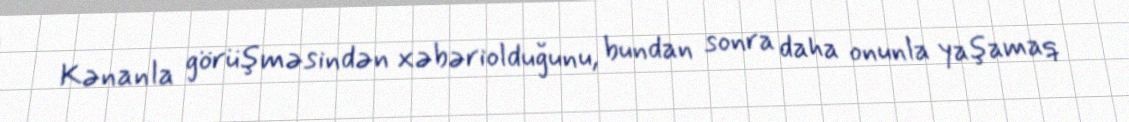
Kənanla görüşməsindən xəbəriolduğunu, bundan sonra daha onunla yaşamaq